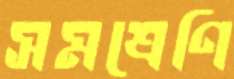
সমশ্রেণি